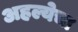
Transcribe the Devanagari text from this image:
अहल्येचा